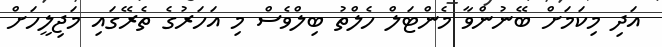
އަދި މިކަމަށް ބޭނުންވާ މެންޓަލް ހެލްތު ބިލްވެސް މި އަހަރުގެ ތެރޭގައި މަޖިލީހަށް